Vaccination Hyderabad 1872-1889 - 1872-1889
Year: 1872
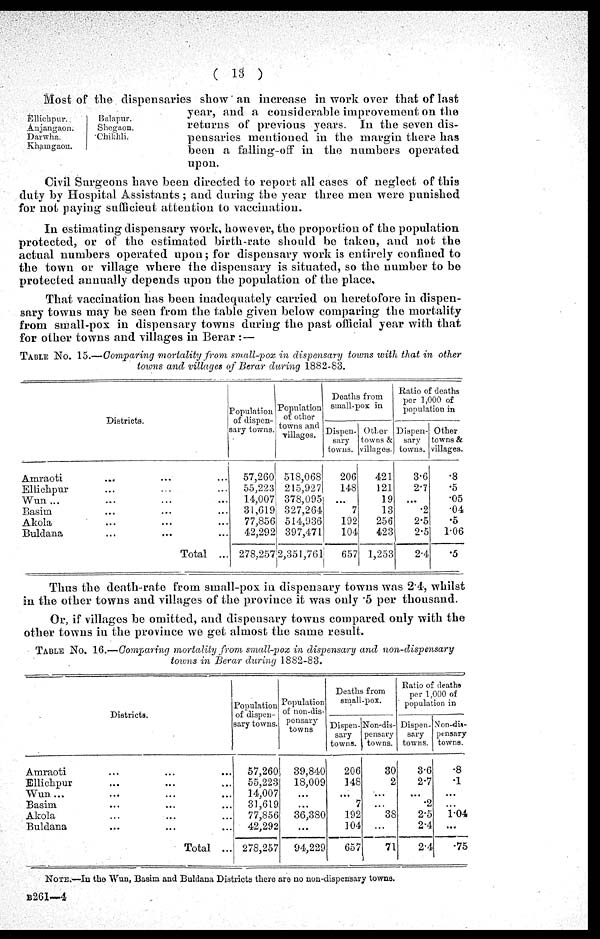
( 13 )
Ellichpur.
Anjangaon.
Darwha.
Khamgaon.
Balapur.
Shegaon.
Chikhli.
Most of the dispensaries show an increase in work over that of last
year, and a considerable improvement on the
returns of previous years. In the seven dis-
pensaries mentioned in the margin there has
been a falling-off in the numbers operated
upon.
Civil Surgeons have been directed to report all cases of neglect of this
duty by Hospital Assistants; and during the year three men were punished
for not paying sufficient attention to vaccination.
In estimating dispensary work, however, the proportion of the population
protected, or of the estimated birth-rate should be taken, and not the
actual numbers operated upon; for dispensary work is entirely confined to
the town or village where the dispensary is situated, so the number to be
protected annually depends upon the population of the place.
That vaccination has been inadequately carried on heretofore in dispen-
sary towns may be seen from the table given below comparing the mortality
from small-pox in dispensary towns during the past official year with that
for other towns and villages in Berar :—
TABLE No. 15.—Comparing mortality from small-pox in dispensary towns with that in other
towns and villages of Berar during 1882-83.
Districts.
Amraoti
... ...
Ellichpur ... ...
Wun... ...
Basim ... ...
Akola ... ...
Buldana ... ...
Total ...
Population
of dispen-
sary towns.
57,260
55,223
14,007
31,619
77,856
42,292
278,257
Population
of other
towns and
villages.
518,068
215,927
378,095
327,264
514,936
397,471
2,351,761
Deaths from
small-pox in
Dispen-
sary
towns.
206
148
...
7
192
104
657
Other
towns &
villages.
421
121
19
13
256
423
1,253
Ratio of deaths
per 1,000 of
population in
Dispen-
sary
towns.
3.6
2.7
...
.2
2.5
2.5
2.4
Other
towns &
villages.
.8
.5
.05
.04
.5
1.06
.5
Thus the death-rate from small-pox in dispensary towns was 2.4, whilst
in the other towns and villages of the province it was only .5 per thousand.
Or, if villages be omitted, and dispensary towns compared only with the
other towns in the province we get almost the same result.
TABLE NO. 16.—Comparing mortality from small-pox in dispensary and non-dispensary
towns in Berar during 1882-83.
Districts.
Amraoti ... ...
Ellichpur ... ...
Wun... ...
Basim ... ...
Akola ... ...
Buldana ... ...
Total ...
Population
of dispen-
sary towns.
57,260
55,223
14,007
31,619
77,856
42,292
278,257
Population
of non-dis-
pensary
towns
39,840
18,009
...
...
36,380
...
94,229
Deaths from
small-pox.
Dispen-
sary
towns.
206
148
...
7
192
104
657
Non-dis-
pensary
towns.
30
2
...
...
38
...
71
Ratio of deaths
per 1,000 of
population in
Dispen-
sary
towns.
3.6
2.7
...
.2
2.5
2.4
2.4
Non-din-
pensary
towns.
.8
.1
...
...
1.04
...
.75
NOTE.—In the Wun, Basim and Buldana Districts there are no non-dispensary towns.
B261—4